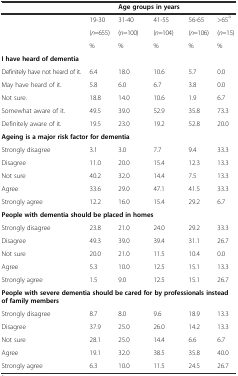
<table><thead><tr><td></td><td></td><td colspan="2"><b>Age groups in years</b></td><td></td><td></td></tr></thead><tbody><tr><td></td><td>19-30</td><td>31-40</td><td>41-55</td><td>56-65</td><td>&gt;65<sup>a</sup></td></tr><tr><td></td><td>(<i>n</i>=655)</td><td>(<i>n</i>=100)</td><td>(<i>n</i>=104)</td><td>(<i>n</i>=106)</td><td>(<i>n</i>=15)</td></tr><tr><td></td><td>%</td><td>%</td><td>%</td><td>%</td><td>%</td></tr><tr><td colspan="3"><b>I have heard of dementia</b></td><td></td><td></td><td></td></tr><tr><td>Definitely have not heard of it.</td><td>6.4</td><td>18.0</td><td>10.6</td><td>5.7</td><td>0.0</td></tr><tr><td>May have heard of it.</td><td>5.8</td><td>6.0</td><td>6.7</td><td>3.8</td><td>0.0</td></tr><tr><td>Not sure.</td><td>18.8</td><td>14.0</td><td>10.6</td><td>1.9</td><td>6.7</td></tr><tr><td>Somewhat aware of it.</td><td>49.5</td><td>39.0</td><td>52.9</td><td>35.8</td><td>73.3</td></tr><tr><td>Definitely aware of it.</td><td>19.5</td><td>23.0</td><td>19.2</td><td>52.8</td><td>20.0</td></tr><tr><td colspan="5"><b>Ageing is a major risk factor for dementia</b></td><td></td></tr><tr><td>Strongly disagree</td><td>3.1</td><td>3.0</td><td>7.7</td><td>9.4</td><td>33.3</td></tr><tr><td>Disagree</td><td>11.0</td><td>20.0</td><td>15.4</td><td>12.3</td><td>13.3</td></tr><tr><td>Not sure</td><td>40.2</td><td>32.0</td><td>14.4</td><td>7.5</td><td>13.3</td></tr><tr><td>Agree</td><td>33.6</td><td>29.0</td><td>47.1</td><td>41.5</td><td>33.3</td></tr><tr><td>Strongly agree</td><td>12.2</td><td>16.0</td><td>15.4</td><td>29.2</td><td>6.7</td></tr><tr><td colspan="6"><b>People with dementia should be placed in homes</b></td></tr><tr><td>Strongly disagree</td><td>23.8</td><td>21.0</td><td>24.0</td><td>29.2</td><td>33.3</td></tr><tr><td>Disagree</td><td>49.3</td><td>39.0</td><td>39.4</td><td>31.1</td><td>26.7</td></tr><tr><td>Not sure</td><td>20.0</td><td>21.0</td><td>11.5</td><td>10.4</td><td>0.0</td></tr><tr><td>Agree</td><td>5.3</td><td>10.0</td><td>12.5</td><td>15.1</td><td>13.3</td></tr><tr><td>Strongly agree</td><td>1.5</td><td>9.0</td><td>12.5</td><td>15.1</td><td>26.7</td></tr><tr><td colspan="6"><b>People with severe dementia should be cared for by professionals instead of family members</b></td></tr><tr><td>Strongly disagree</td><td>8.7</td><td>8.0</td><td>9.6</td><td>18.9</td><td>13.3</td></tr><tr><td>Disagree</td><td>37.9</td><td>25.0</td><td>26.0</td><td>14.2</td><td>13.3</td></tr><tr><td>Not sure</td><td>28.1</td><td>25.0</td><td>14.4</td><td>6.6</td><td>6.7</td></tr><tr><td>Agree</td><td>19.1</td><td>32.0</td><td>38.5</td><td>35.8</td><td>40.0</td></tr><tr><td>Strongly agree</td><td>6.3</td><td>10.0</td><td>11.5</td><td>24.5</td><td>26.7</td></tr></tbody></table>